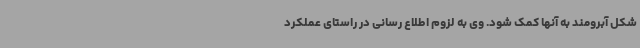
شکل آبرومند به آنها کمک شود. وی به لزوم اطلاع رسانی در راستای عملکرد